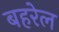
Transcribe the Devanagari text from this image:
बहरेल